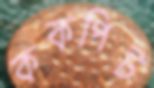
ককপিট